Vaccination in Bombay 1863-1868 - 1863-1868
Year: 1863
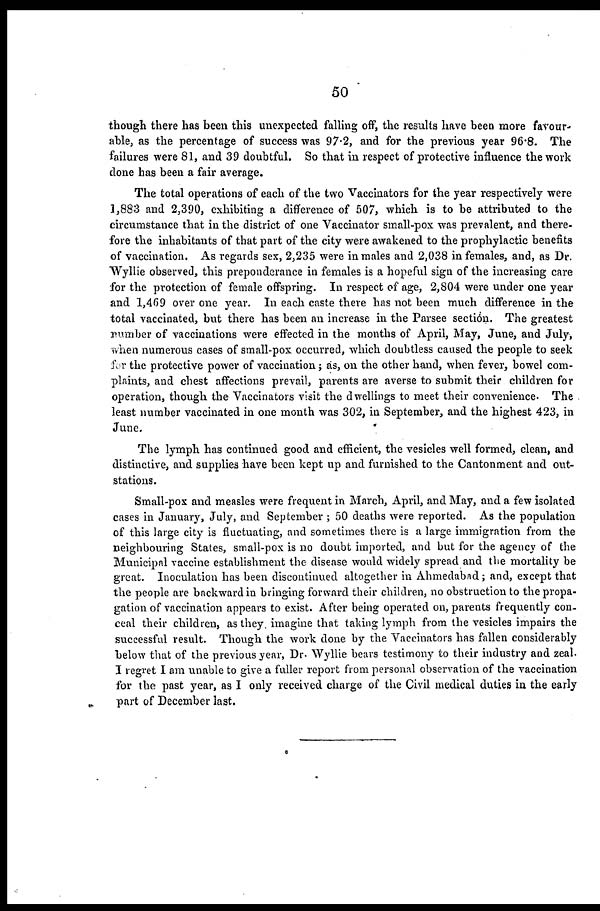
50
though there has been this unexpected falling off, the results have been more favour-
able, as the percentage of success was 97.2, and for the previous year 96.8. The
failures were 81, and 39 doubtful. So that in respect of protective influence the work
done has been a fair average.
The total operations of each of the two Vaccinators for the year respectively were
1,883 and 2,390, exhibiting a difference of 507, which is to be attributed to the
circumstance that in the district of one Vaccinator small-pox was prevalent, and there-
fore the inhabitants of that part of the city were awakened to the prophylactic benefits
of vaccination. As regards sex, 2,235 were in males and 2,038 in females, and, as Dr.
Wyllie observed, this preponderance in females is a hopeful sign of the increasing care
for the protection of female offspring. In respect of age, 2,804 were under one year
and 1,469 over one year. In each caste there has not been much difference in the
total vaccinated, but there has been an increase in the Parsee section. The greatest
number of vaccinations were effected in the months of April, May, June, and July,
when numerous cases of small-pox occurred, which doubtless caused the people to seek
for the protective power of vaccination; as, on the other hand, when fever, bowel com-
plaints, and chest affections prevail, parents are averse to submit their children for
operation, though the Vaccinators visit the dwellings to meet their convenience. The
least number vaccinated in one month was 302, in September, and the highest 423, in
June.
The lymph has continued good and efficient, the vesicles well formed, clean, and
distinctive, and supplies have been kept up and furnished to the Cantonment and out-
stations.
Small-pox and measles were frequent in March, April, and May, and a few isolated
cases in January, July, and September ; 50 deaths were reported. As the population
of this large city is fluctuating, and sometimes there is a large immigration from the
neighbouring States, small-pox is no doubt imported, and but for the agency of the
Municipal vaccine establishment the disease would widely spread and the mortality be
great. Inoculation has been discontinued altogether in Ahmedabad; and, except that
the people are backward in bringing forward their children, no obstruction to the propa-
gation of vaccination appears to exist. After being operated on, parents frequently con-
ceal their children, as they imagine that taking lymph from the vesicles impairs the
successful result. Though the work done by the Vaccinators has fallen considerably
below that of the previous year, Dr. Wyllie bears testimony to their industry and zeal.
I regret I am unable to give a fuller report from personal observation of the vaccination
for the past year, as I only received charge of the Civil medical duties in the early
part of December last.